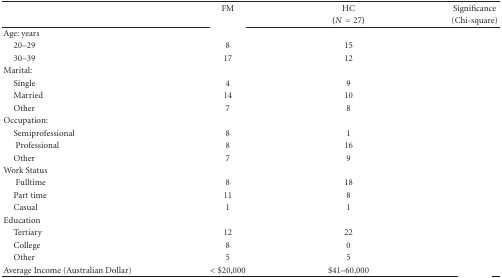
<table><thead><tr><td rowspan="2">[EMPTY_CELL]</td><td><b>FM</b></td><td><b>HC</b></td><td><b>Significance</b></td></tr><tr><td>[EMPTY_CELL]</td><td><b>(<i>N</i> = 27)</b></td><td><b>(Chi-square) </b></td></tr></thead><tbody><tr><td>Age: years</td><td>[EMPTY_CELL]</td><td>[EMPTY_CELL]</td><td>[EMPTY_CELL]</td></tr><tr><td>20–29</td><td>8</td><td>15</td><td>[EMPTY_CELL]</td></tr><tr><td> 30–39</td><td>17</td><td>12</td><td>[EMPTY_CELL]</td></tr><tr><td>Marital:</td><td>[EMPTY_CELL]</td><td>[EMPTY_CELL]</td><td>[EMPTY_CELL]</td></tr><tr><td>Single</td><td>4</td><td>9</td><td>[EMPTY_CELL]</td></tr><tr><td>Married</td><td>14</td><td>10</td><td>[EMPTY_CELL]</td></tr><tr><td>Other</td><td>7</td><td>8</td><td>[EMPTY_CELL]</td></tr><tr><td>Occupation:</td><td>[EMPTY_CELL]</td><td>[EMPTY_CELL]</td><td>[EMPTY_CELL]</td></tr><tr><td>Semiprofessional</td><td>8</td><td>1</td><td>[EMPTY_CELL]</td></tr><tr><td>Professional</td><td>8</td><td>16</td><td>[EMPTY_CELL]</td></tr><tr><td>Other</td><td>7</td><td>9</td><td>[EMPTY_CELL]</td></tr><tr><td>Work Status</td><td>[EMPTY_CELL]</td><td>[EMPTY_CELL]</td><td>[EMPTY_CELL]</td></tr><tr><td>Fulltime</td><td>8</td><td>18</td><td>[EMPTY_CELL]</td></tr><tr><td>Part time</td><td>11</td><td>8</td><td>[EMPTY_CELL]</td></tr><tr><td>Casual</td><td>1</td><td>1</td><td>[EMPTY_CELL]</td></tr><tr><td>Education</td><td>[EMPTY_CELL]</td><td>[EMPTY_CELL]</td><td>[EMPTY_CELL]</td></tr><tr><td>Tertiary</td><td>12</td><td>22</td><td>[EMPTY_CELL]</td></tr><tr><td>College</td><td>8</td><td>0</td><td>[EMPTY_CELL]</td></tr><tr><td>Other</td><td>5</td><td>5</td><td>[EMPTY_CELL]</td></tr><tr><td>Average Income (Australian Dollar)</td><td>&lt;$20,000</td><td>$41–60,000</td><td>[EMPTY_CELL]</td></tr></tbody></table>